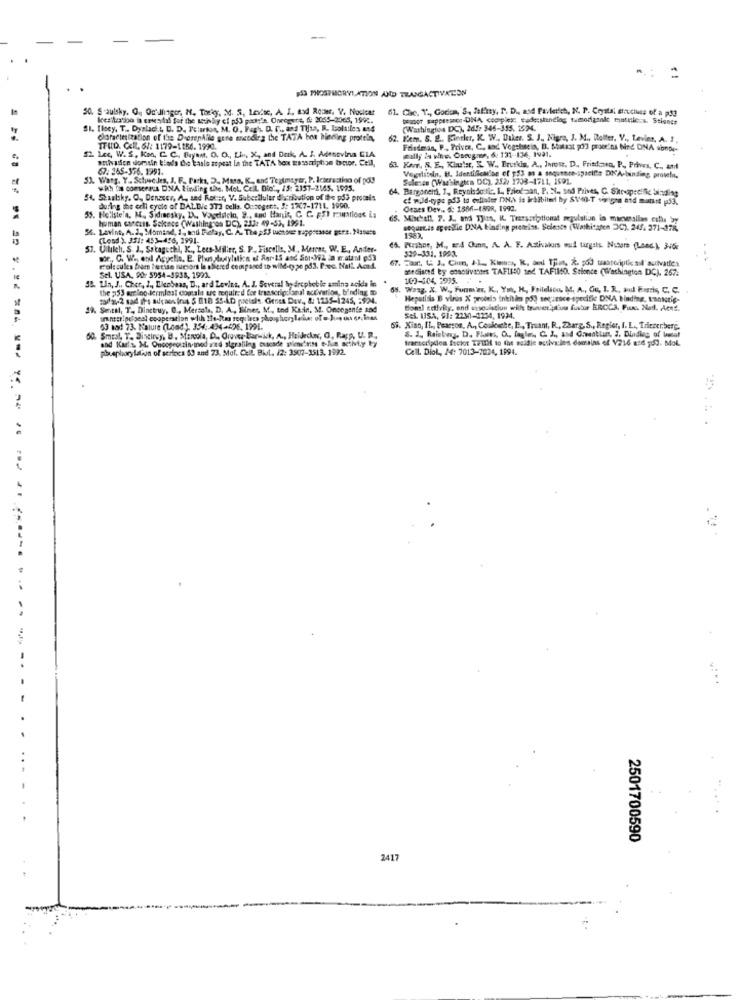
..
€ 1
$53 PHOSPHORYLATION AND TRANSACTIVATION
50. S-aulsky. O. Oc'hinger, N. Theky, 3. 5, Levite, A. I. tad Router, V. Noclear
61. Cae. T ., Godas, 'S, Jaliny, P. D ., and Pavladet, N. P. Crystal structure of a p53
kres latino la esieadal for the activdiy ei p53 packs's. Onregure, 6: 2055-2065, 1992.
prapor suppresses-DNA, complex; cudeshanding tumorigtole muttic ... Science
SI. Ilocy, T .. Dyslacht, D. D. Te:amo, M. O. Faph. D. C ., and Tijas, R. Isolailes and
(Washington DC), 2d.fr 346-355, 1574.
@oracleization of the DierenAlle gene encoding the TATA bon binding protein,
62. Kiem. S. B ., Fineler, K. W ., Daher. S. J ., Nigra, J. M ., Dotter. V ., Levier, A. I.
TFUD. Cell. 6/: 1179-1156. 1990.
Friedman, P ., Prives, C. and Vogstssein, B. Mitkat [33 proo'ns bind DNA sonDe-
12 Les, W. S. Koo, G. C ., Bryant, O. O ., Lin, X, and Dark, A. S. Adenevina CIA
soulvaisen domain Blad's the Easie sopeat In the TATA box tasscription factor. Cell,
wally in wine. Csoeg.ue, 6: 131-136, 1991.
67: 365-356.1991.
62. Kor, &. E ., Klular, E. W ., Bruskis. A ., Jsou. D. Friadaen, P ., Prives, C ., and
53. Wang, Y. Schweedes, J. F. Packs, D. Masa, K ., and Tegimeyer, P. Interacting of pos
Selenee (Was'singtra DC), 252/ 1708-1711, 1591.
Vogeliteln, H. Identificarlas of 953 as a sequence-spacifs DIApbinding protein,
whh bis comennus DNA Binding the, Mot. Cell. Dio', 15: 2157-2165. 1975.
64. Bargoneini, T ,, Reynisdottir, L ., Friedlan, P. N ., and Prives, C. Shropselfie laisding
54. Staatsky. O ., Denzeer, A ., sed Roter, V. Subcellular du ribution of the pd3 protis
cf w.ld-type p53 to eslialer DN.\ is inhibited by SVon-T sipigna aid mutant 53.
during the erli cycle of BALDVe 313 cells. Ousoger,t. J: 1307-1711. 1990.
Oraes Dev .. 5: 1586-189R, 1992.
53. Hellstela. M. Sidinesky, D .. Vagdalcin, 9 ., and Hanis, C. C. F.El Futloos is
human concass. Sekace (Washington DC), 233: 49-53, 1991.
65. Minchall. P. J ., and Tjus, IL. Transcriptionat regulation in manymallon estla by
56. Lavins, A.J. Momind, 1, and Relay, C. A. The;S3 wensee suppressor gere. Nanese
LOQUELID apestle DNA binding proteins. Science (Washitaten 30). 245. 371-178,
(Losd ) 331: 453-456, 1991.
53. Ullilch, S. J ., Sotaguchi, K ., Lees-Miller, S. P. Fiscella, M, Mercas, W. E ., Ander-
66. Mashoe, M, 24 Ouna, A. A. F. Activalors wul turgits Motors (Lanc.), 30%
329-331. 1993.
67. Fart, t. J ., Chun, J.L ., Kimars, R, and Thin, R. 953 waterpti sil'auivattes
molecules blom betise sucsors la sbered compared to wild-type pd3. Prec. Nali. Acad.
medianed by enactivatees TAF11:0 and TAFLISO. Stionce (Washington DC), 267:
35. Un, J ., Cher, J ., Llenbeas, D ., ard Levins. A. J. Several In drephobie amina acids in
el. USA, 90: 5954-5938, 1992.
100-504. 2995. . .
the 253 aring dermlest costale are required for transcripcional activation, b'nding. to
68. Wang, X. W ., Funmer, K ., Yol, K ., Foilelica, M. A ., Ou, 1. R ., anul Fuchs, C. C.
2/1-2 sad ifs auraos ina $ 818 SS.AD pastels. Genes Dev ., 8: 1235-1245, 5924.
Hepatitis B virus X prodeis inkitles po) sogarsce-specific DNA binding, tankstig-
19. Sentil, T. Dinetruy, O ., Mersola, D. A ., Biiner, M ., tnd Kain. M. Oncegente and
Bom) activity, end unso stiun with traversiun futur ERCC3. Pun Net. Acht.
innstipeiseal cooperation with Ifs-itms requires phosphory ledar of @ hs on doinss
Sel. USA, 91: 2230-2234, 1924.
53 sad 73. Nature (Load), 354: 434-426. 1991.
69. Kiso, IL ., Pearson, A ., Coulcute, E ., Truant, R ., Zbarg, S ., Regier, I. L ., Triezenberg.
60. Smtal, T. Pisciney, B. Mercola, D. Orgver-Barwkk, A ., Heidecker, O, Rara, U. R.
and Karl's M. Oncogeoizin.med and stgrafiing buscade piechriss e-fue sciMt.y ty
8. 1 ., Rainbing, D. Flames, O .. fagler, C. J ., and Greentian, J, Dladieg of betal
transcription fickont 17TH to the suidie outiva:les domains of V216 and pod. Mol.
phosphory lation of serincs 50 and 73. Mol. Cell. Bit. 12: 3507-3513, 1992.
Cell. Diol, 24: 7013-7024, 1994.
..
..
2501700590
2417